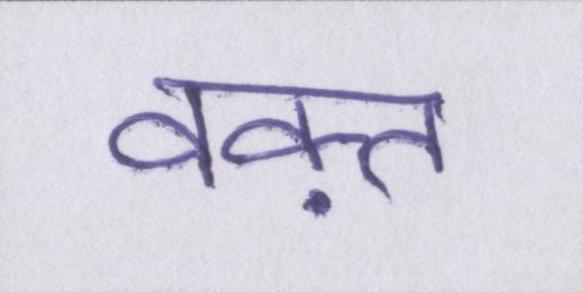
वक़्त